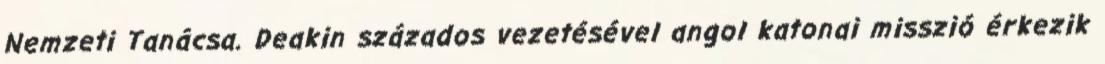
Nemzeti Tanácsa. Deakin százados vezetésével angol katonai misszió érkezik